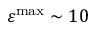
\varepsilon ^ { \mathrm { m a x } } \sim 1 0